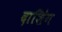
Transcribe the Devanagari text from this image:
दाशिंग